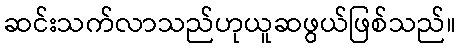
ဆင်းသက်လာသည်ဟုယူဆဖွယ်ဖြစ်သည်။